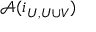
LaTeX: { \mathcal { A } } ( i _ { U , U \cup V } )